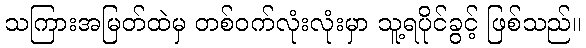
သကြားအမြတ်ထဲမှ တစ်ဝက်လုံးလုံးမှာ သူ့ရပိုင်ခွင့် ဖြစ်သည်။